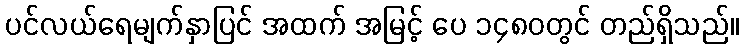
ပင်လယ်ရေမျက်နှာပြင် အထက် အမြင့် ပေ ၁၄၈၀တွင် တည်ရှိသည်။